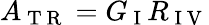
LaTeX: A_{\mathrm{~T~R~}}=G_{\mathrm{~I~}}R_{\mathrm{~I~V~}}